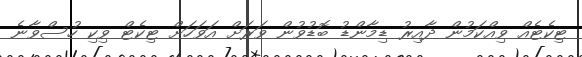
ޓިކެޓެއް ވިއްކަމުން ދާއިރު ޑިމާންޑު ބޮޑުވުން ވަރަށް އަވަހަށް ޓިކެޓް ވިކި ހުސްވާނެ